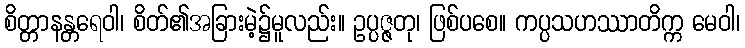
စိတ္တာနန္တရေဝါ၊ စိတ်၏အခြားမဲ့၌မူလည်း။ ဥပ္ပဇ္ဇတု၊ ဖြစ်ပစေ။ ကပ္ပသဟဿာတိက္က မေဝါ၊